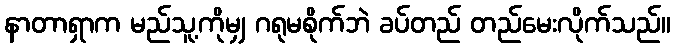
နာတာရှာက မည်သူ့ကိုမျှ ဂရုမစိုက်ဘဲ ခပ်တည် တည်မေးလိုက်သည်။